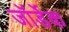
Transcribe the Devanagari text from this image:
जॉर्डेक